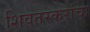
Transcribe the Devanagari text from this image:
शिवतरकरांचा